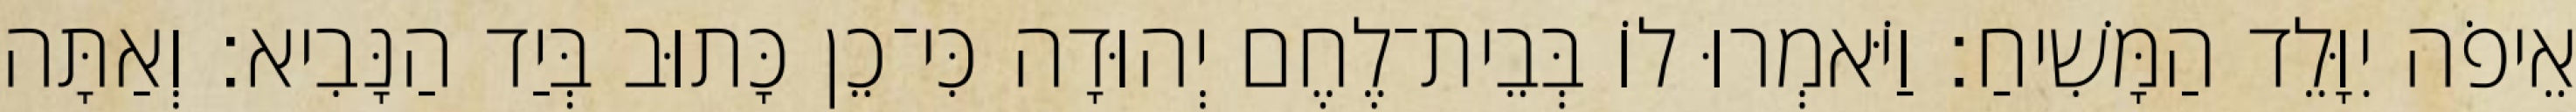
אֵיפֹה יִוָּלֵד הַמָּשִׁיחַ׃ וַיֹּאמְרוּ לוֹ בְּבֵית־לֶחֶם יְהוּדָה כִּי־כֵן כָּתוּב בְּיַד הַנָּבִיא׃ וְאַתָּה